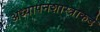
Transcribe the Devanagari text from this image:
अध्यापनशास्त्राकडे